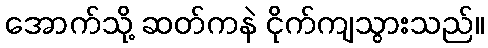
အောက်သို့ ဆတ်ကနဲ ငိုက်ကျသွားသည်။